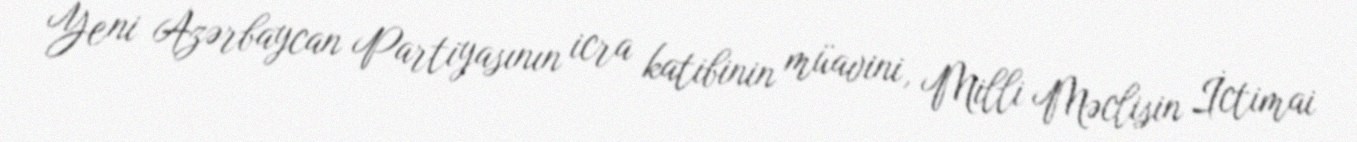
Yeni Azərbaycan Partiyasının icra katibinin müavini, Milli Məclisin İctimai